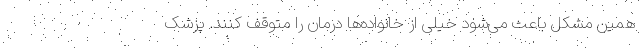
همین مشکل باعث می‌شود خیلی از خانواده‌ها درمان را متوقف کنند. پزشک